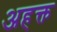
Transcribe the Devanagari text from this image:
अहक्त